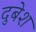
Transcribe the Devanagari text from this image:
दुबेश